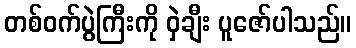
တစ်ဝက်ပွဲကြီးကို ဝှဲချီး ပူဇော်ပါသည်။